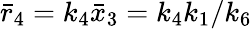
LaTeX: \bar{r}_{4}=k_{4}\bar{x}_{3}=k_{4}k_{1}/k_{6}